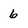
Character: 6